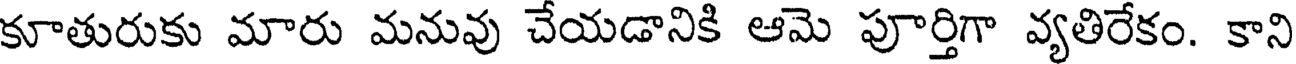
కూతురుకు మారు మనువు చేయడానికి ఆమె పూర్తిగా వ్యతిరేకం. కాని